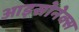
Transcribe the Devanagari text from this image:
आइसोनेक्स